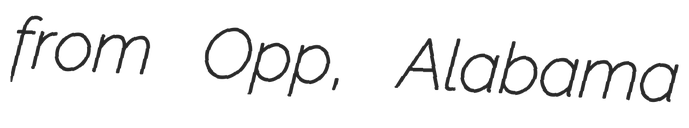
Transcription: from Opp, Alabama